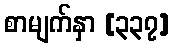
စာမျက်နှာ [၃၃၇]